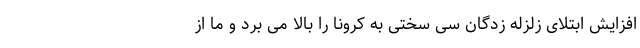
افزایش ابتلای زلزله زدگان سی سختی به کرونا را بالا می برد و ما از